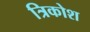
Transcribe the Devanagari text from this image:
त्रिकोश